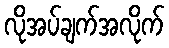
လိုအပ်ချက်အလိုက်